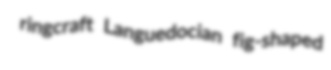
ringcraft Languedocian fig-shaped